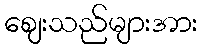
ဈေးသည်များအား